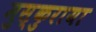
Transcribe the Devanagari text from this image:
मुस्कुराया